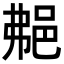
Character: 𨚭